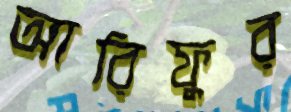
আরিফুর